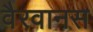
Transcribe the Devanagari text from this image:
वैरवानस